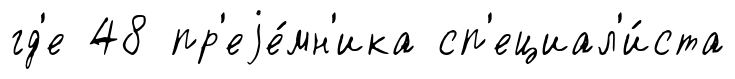
гд'е 48 пр'еjе́мн'ика сп'ециал'и́ста